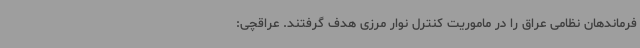
فرماندهان نظامی عراق را در ماموریت کنترل نوار مرزی هدف گرفتند. عراقچی: